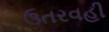
ઉતરવહી